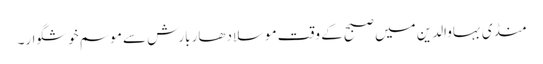
منڈی بہاوالدین میں صبح کے وقت موسلادھار بارش سے موسم خوشگوار۔